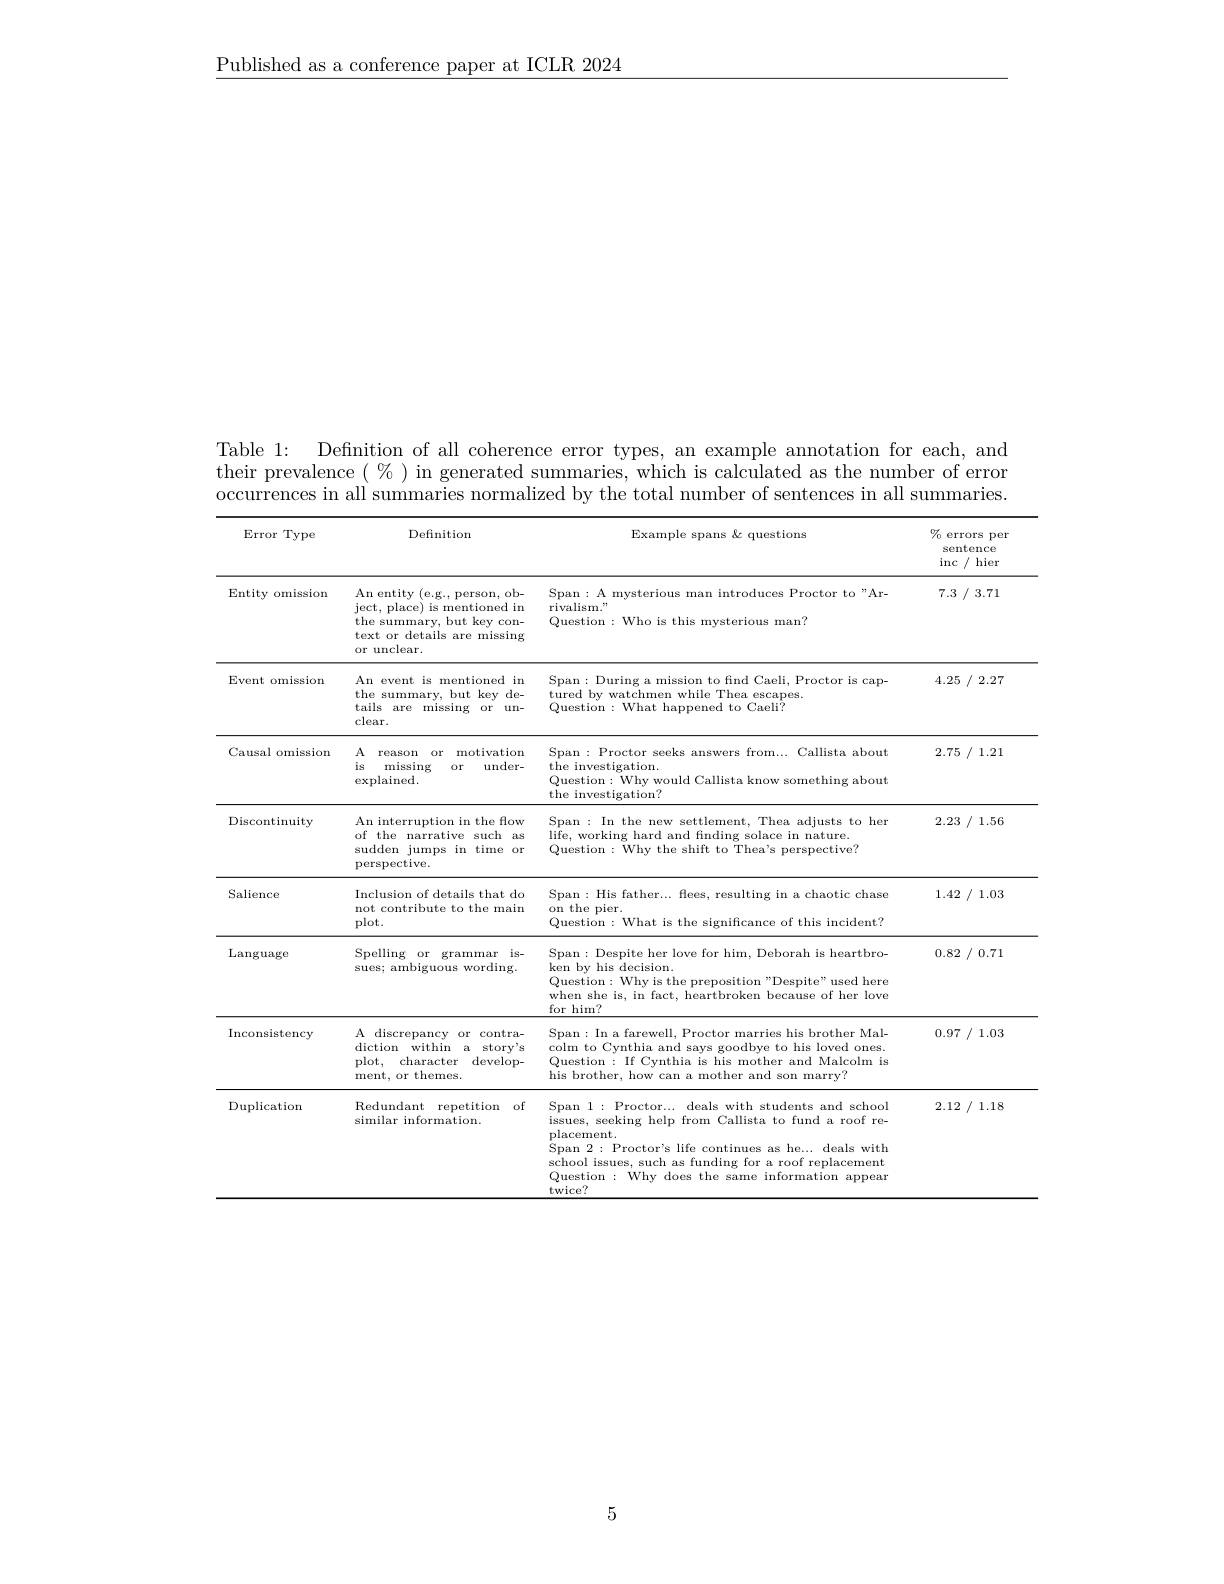
$\underline{\text{Published as a conference paper at ICLR 2024}}$

${\mathrm{Table}}1:$
Defnition of all coherence error types, an example annotation for each, and
their prevalence $(\%)$ in generated summaries, which is calculated as the number of error occurrences in all summaries normalized by the total number of sentences in all summaries
<table>
	<tbody>
		<tr>
			<th>Error Type</th>
			<th>Definition</th>
			<th>Example spans & questions</th>
			<th>$\%$ errors 7. per sentence inc/ hier</th>
		</tr>
		<tr>
			<td>Entity omission</td>
			<td>An entity (e.g., person, ob- ject, place) is mentioned in the summary, but key con- text or details are missing or unclear.</td>
			<td>Span: A mysterious man introduces Proctor to"Ar- rivalism." Question: Who is this mysterious man?</td>
			<td>7.3 / 3.71</td>
		</tr>
		<tr>
			<td>Event omission</td>
			<td>An event is mentioned in the summary, but key de- tails missing are $or$ $un-$ $clear.$</td>
			<td>Span: During a mission to find Caeli, Proctor is cap- tured by watchmen while Thea escapes. Question: What happened to Caeli?</td>
			<td>4.25 / 2.27 -</td>
		</tr>
		<tr>
			<td>Causal omission</td>
			<td>A reason $or$ motivation $is$ missing or under-  $\exp$lained.</td>
			<td>Span: Proctor seeks answers from... Callista about the investigation. Question:Why would Callista know something about the investigation?</td>
			<td>2.75 / 1.21</td>
		</tr>
		<tr>
			<td>Discontinuity</td>
			<td>An interruption in the flow of the · narrative such as sudden jumps in time or perspective.</td>
			<td>Span: In the new settlement, Thea adjusts to her life, working hard and finding solace in nature. Question: Why the shift to Thea's perspective?</td>
			<td>2.23 3/1.56</td>
		</tr>
		<tr>
			<td>Salience</td>
			<td>Inclusion of details that do not contribute to the main plot.</td>
			<td>Span: His father... flees, resulting in a chaotic chase on the pier. Question: What is the significance of this incident?</td>
			<td>1.42 $I$ 1 1.03</td>
		</tr>
		<tr>
			<td>Language</td>
			<td>Spelling $g0r$  grammar $is-$ sues; ambiguous wording.</td>
			<td>Span: Despite her love for him, Deborah is heartbro- ken by his decision. Question: Why is the preposition "Despite" used here when she is, in fact, heartbroken because of her love for him?</td>
			<td>0.82 / 0.71</td>
		</tr>
		<tr>
			<td>Inconsistency</td>
			<td>${\mathrm{A}}{\mathrm{discrepancy}}$ $0r$ contra- diction within a story's plot, character develop- ment, or themes.</td>
			<td>Span: In a farewell, Proctor marries his brother Mal- colm to Cynthia and says goodbye to his loved ones. Question: If Cynthia is his mother and Malcolm is his brother, how can a mother and son marry?</td>
			<td>0.97 $\cdot/1.03$</td>
		</tr>
		<tr>
			<td>$\operatorname{Duplication}$</td>
			<td>Redundant repetition of similar information.</td>
			<td>Span 1 : Proctor... deals with students and school issues, seeking help from Callista to fund a roof re- placement. Span 2: Proctor's life continues as he.... c deals with school issues, such as funding for a roof replacement Question: Why does the same information appear $\mathrm{twice}^{7}$</td>
			<td>2.12 /1.18</td>
		</tr>
	</tbody>
</table>

5